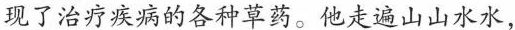
现了治疗疾病的各种草药。他走遍山山水水，